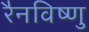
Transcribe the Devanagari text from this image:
रैनविष्णु